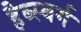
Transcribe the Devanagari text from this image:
हैब्स्बर्ग